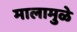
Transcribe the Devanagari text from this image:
मालामुळे